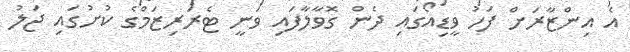
އެ އިންޒާރަށް ފަހު ވީޑިއޯގައި ދެން ގޮވާލާފައި ވަނީ ޓެރަރިޒަމްގެ ކުށުގައި ޖަލު